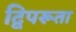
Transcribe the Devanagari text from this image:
द्विपरूता